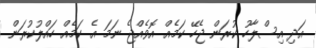
އަދި އިސްލާހު ކުރަން ޖެހޭ ކަމެއް އޮވެއްޖެ ނަމަ އެ ކަމެއް ހައްލުކުރަން